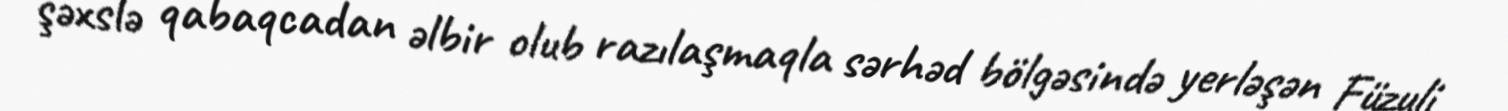
şəxslə qabaqcadan əlbir olub razılaşmaqla sərhəd bölgəsində yerləşən Füzuli